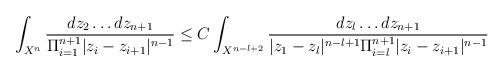
LaTeX: \begin{align*}\int_{X^n}{dz_2\ldots dz_{n+1}\over \Pi_{i=1}^{n+1}|z_i-z_{i+1}|^{n-1}} \le C\int_{X^{n-l+2}}{ dz_l\ldots dz_{n+1}\over |z_1-z_l|^{n-l+1}\Pi_{i=l}^{n+1}|z_i-z_{i+1}|^{n-1}}\end{align*}